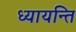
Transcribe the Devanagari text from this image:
ध्यायन्ति